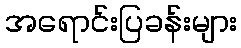
အရောင်းပြခန်းများ